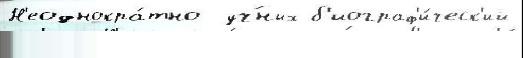
Н'еоднокра́тно  уч́ных б'иограф'и́ческ'ий